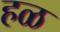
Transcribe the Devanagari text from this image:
हळ